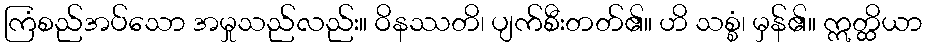
ကြံစည်အပ်သော အမှုသည်လည်း။ ဝိနဿတိ၊ ပျက်စီးတတ်၏။ ဟိ သစ္စံ၊ မှန်၏။ ဣတ္ထိယာ